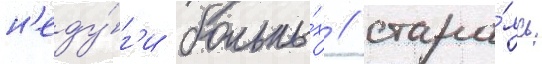
н'еду́г'и больны́х / стара́ясь